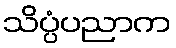
သိပ္ပံပညာက